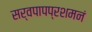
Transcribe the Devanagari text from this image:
सर्वपापप्रशमनं